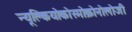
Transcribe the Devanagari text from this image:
न्यूक्लियोकोस्मोक्रोनोलोजी